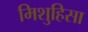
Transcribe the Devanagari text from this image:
मिशुहिसा